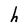
Character: h